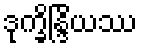
ဒုက္ခိန္ဒြိယဿ